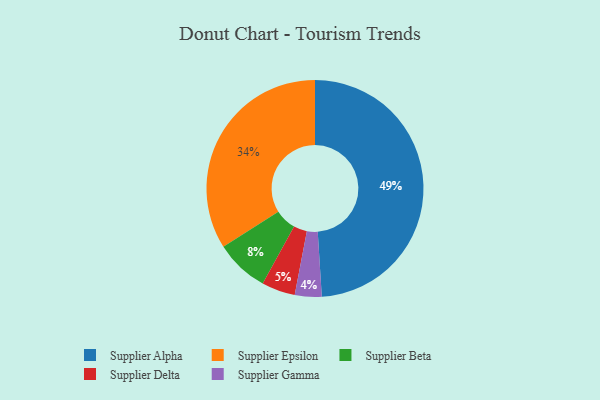
{"axis": {"x": "Category", "y": "Percentage"}, "legend": ["Supplier Alpha", "Supplier Beta", "Supplier Delta", "Supplier Epsilon", "Supplier Gamma"], "data": [{"x": "Supplier Epsilon", "y": 34, "type": "Supplier Epsilon"}, {"x": "Supplier Alpha", "y": 49, "type": "Supplier Alpha"}, {"x": "Supplier Delta", "y": 5, "type": "Supplier Delta"}, {"x": "Supplier Gamma", "y": 4, "type": "Supplier Gamma"}, {"x": "Supplier Beta", "y": 8, "type": "Supplier Beta"}]}